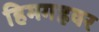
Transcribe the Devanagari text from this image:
हिमगह्रवर